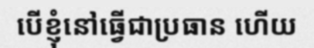
បើខ្ញុំនៅធ្វើជាប្រធាន ហើយ